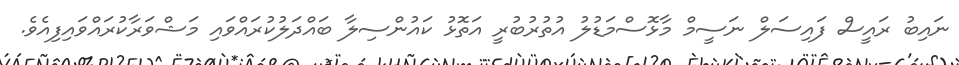
ނައިބު ރައީސް ފައިސަލް ނަސީމް މާޅޮސްމަޑުލު އުތުރުބުރީ އަތޮޅު ކައުންސިލާ ބައްދަލުކުރައްވައި މަޝްވަރާކުރައްވައިފިއެވެ.